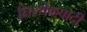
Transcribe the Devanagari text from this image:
निरर्थकवादी